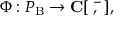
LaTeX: \Phi : \cal { P } _ { \mathrm { B } } \rightarrow \mathbf { C } [ \xi , \bar { \xi } ] ,